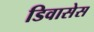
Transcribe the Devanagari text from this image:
डिवासेस